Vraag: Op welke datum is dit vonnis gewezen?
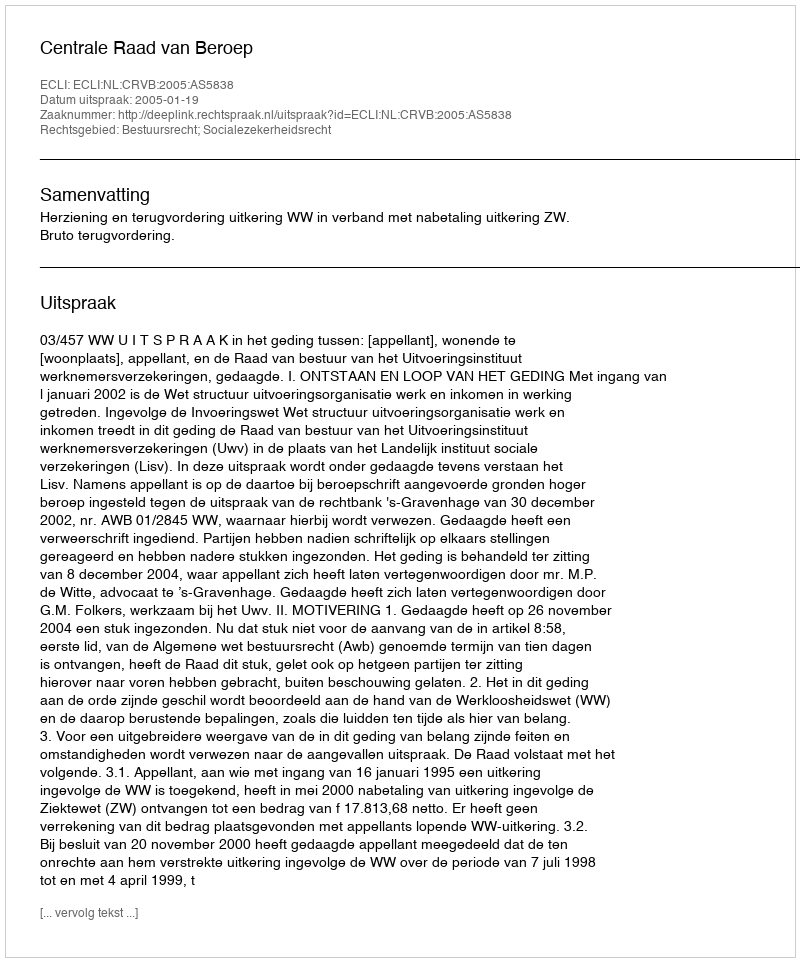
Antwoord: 2005-01-19